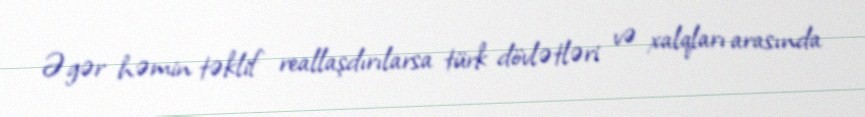
Əgər həmin təklif reallaşdırılarsa türk dövlətləri və xalqları arasında